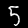
Label: 5